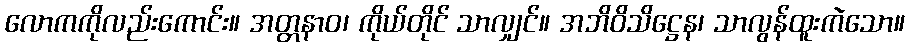
လောကကိုလည်းကောင်း။ အတ္တနာဝ၊ ကိုယ်တိုင် သာလျှင်။ အဘိဝိသိဋ္ဌေန၊ သာလွန်ထူးကဲသော။